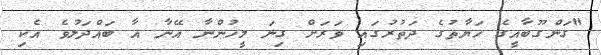
"ގަންގޫބާއީގެ ހަޔާތުގެ ދަތުރުގައި ވަރަށް ގިނަ މީހުންނާ އޭނާ އާ ބައްދަލުވެ އެކި